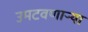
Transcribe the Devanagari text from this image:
उमटवणाऱ्या